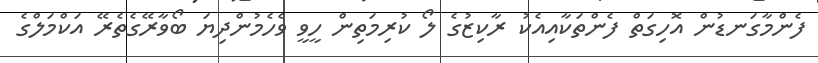
ފެންމާގަނޑުން އޮހިގަތް ފެންތަކާއިއެކު ރާކިޒުގެ ލޯ ކުރިމަތިން ހީވީ ވެހެމުންދިޔަ ބޯވާރޭގެތެރޭ އަކްމަލްގެ